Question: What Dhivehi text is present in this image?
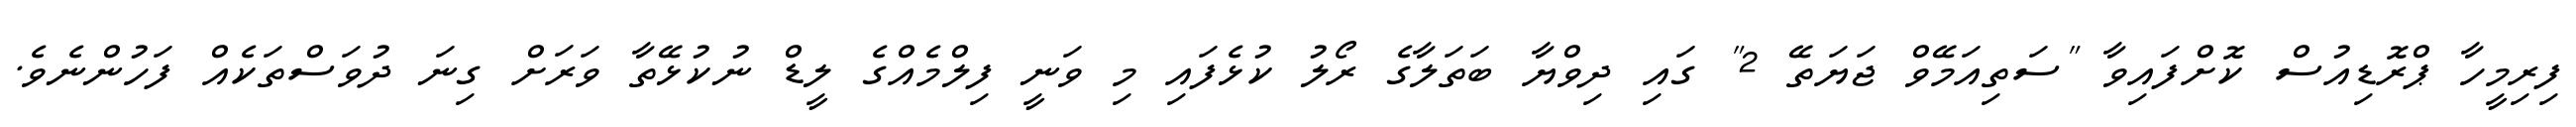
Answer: ފިރިމީހާ ޕްރޮޑިއުސް ކޮށްފައިވާ "ސަތިއަމޭވް ޖަޔަތޭ 2" ގައި ދިވްޔާ ބަތަލާގެ ރޯލު ކުޅެފައި މި ވަނީ ފިލްމެއްގެ ލީޑް ނުކުޅޭތާ ވަރަށް ގިނަ ދުވަސްތަކެއް ފަހުންނެވެ.